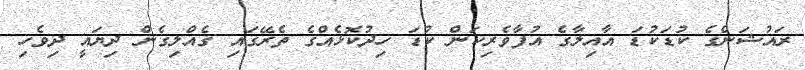
ރައުޝަންގެ ކުޑަކުޑަ އާއިލާގެ އުފާވެރިކަން ކުޑަ ހިދުކޮޅެއްގެ ތެރޭގައި ގެއްލިގެން ދިޔައީ ދިވެހި